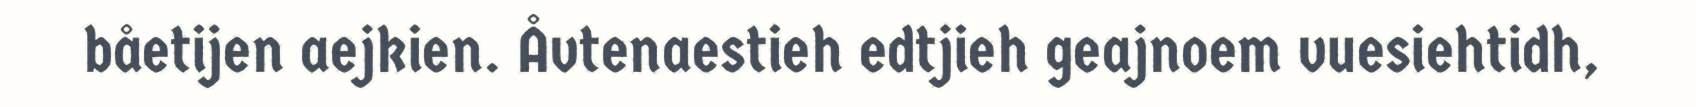
båetijen aejkien. Åvtenaestieh edtjieh geajnoem vuesiehtidh,